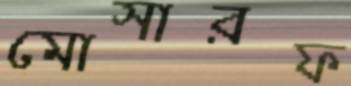
মোসারফ